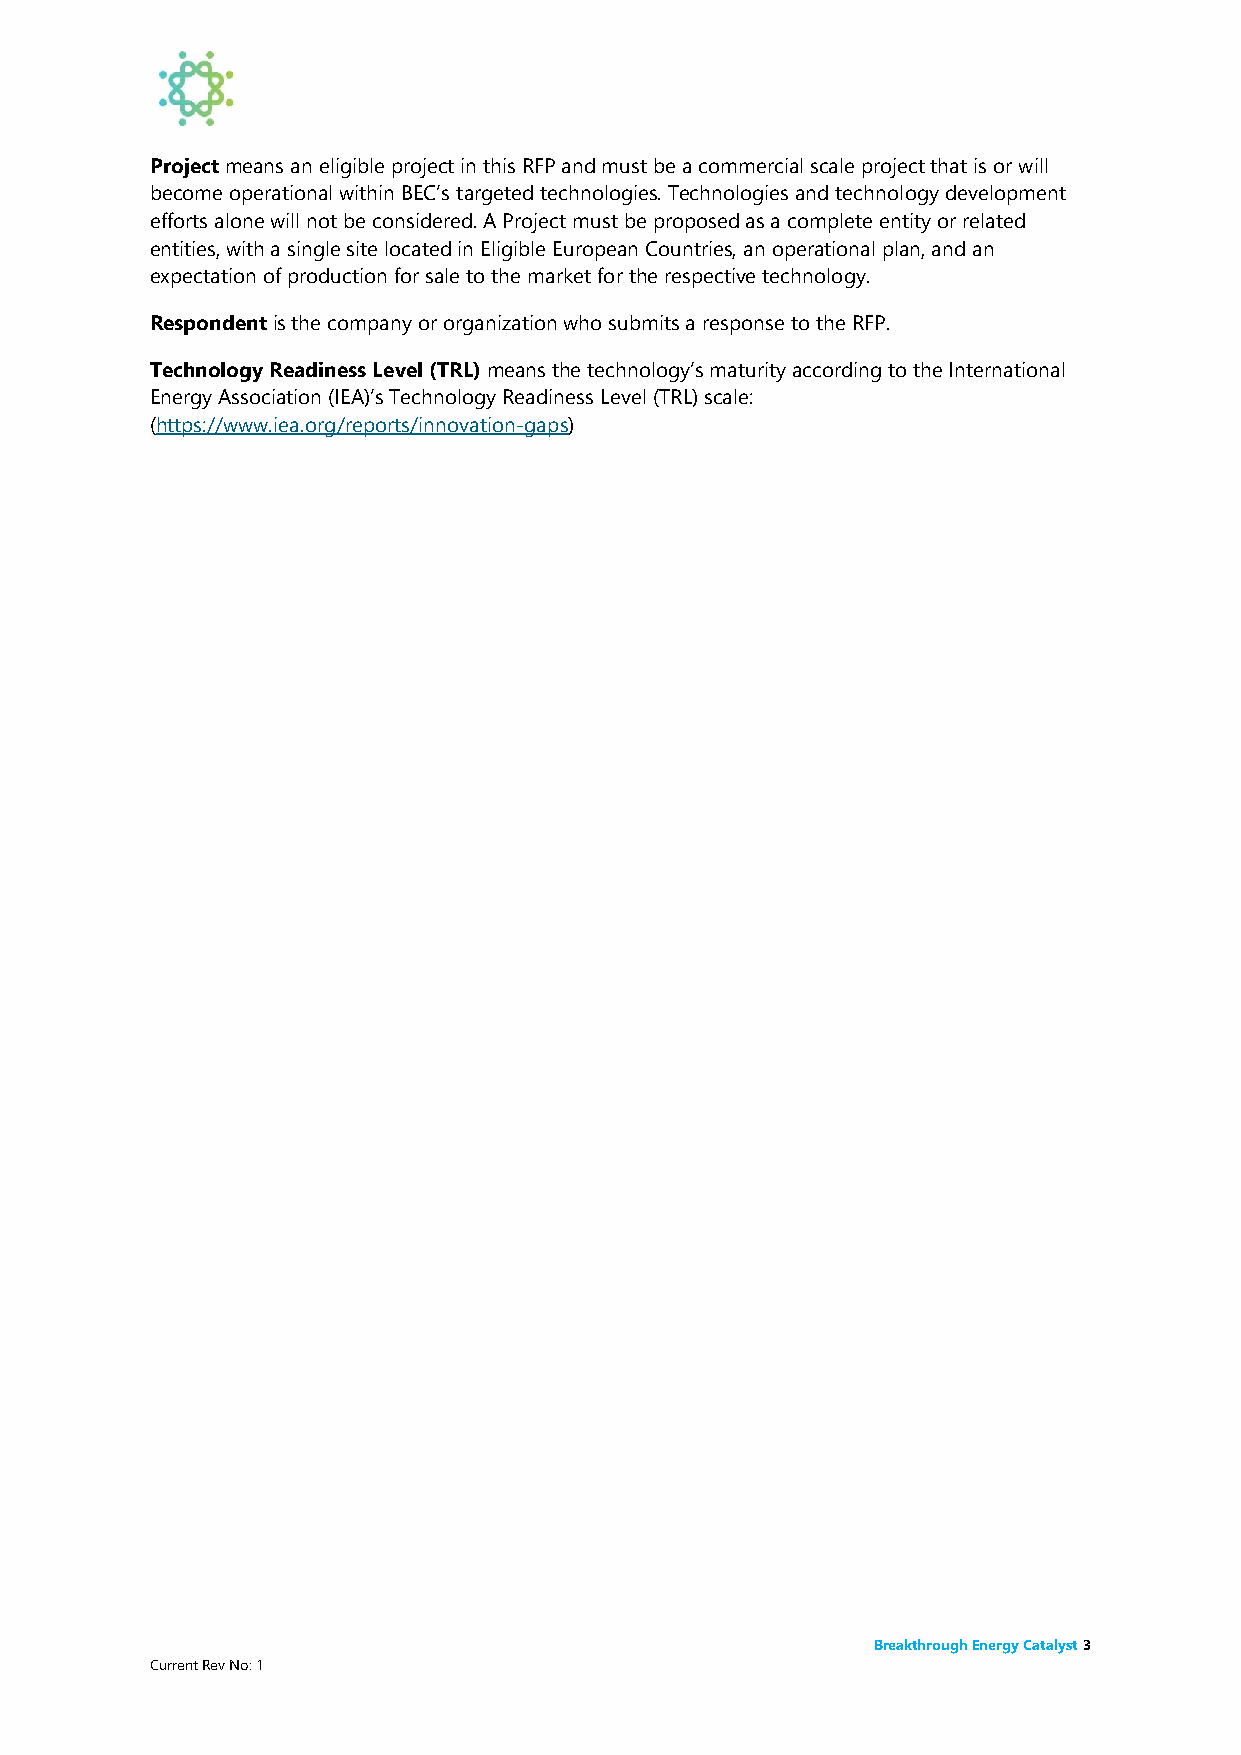
Project means an eligible project in this RFP and must be a commercial scale project that is or will
 become operational within BEC’s targeted technologies. Technologies and technology development
 efforts alone will not be considered. A Project must be proposed as a complete entity or related
 entities, with a single site located in Eligible European Countries, an operational plan, and an
 expectation of production for sale to the market for the respective technology.
 Respondent is the company or organization who submits a response to the RFP.
 Technology Readiness Level (TRL) means the technology’s maturity according to the International
 Energy Association (IEA)’s Technology Readiness Level (TRL) scale:
 (https://www.iea.org/reports/innovation-gaps)
 Breakthrough Energy Catalyst 3
 Current Rev No: 1